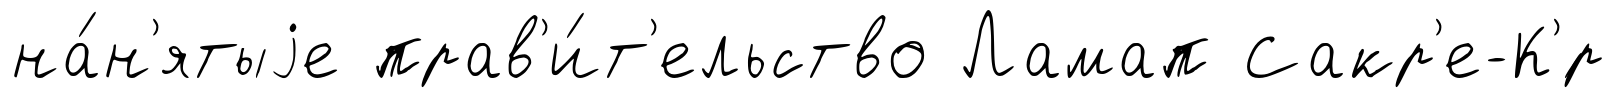
на́н'ятыjе прав'и́т'ельство Ламап Сакр'е-К'́р